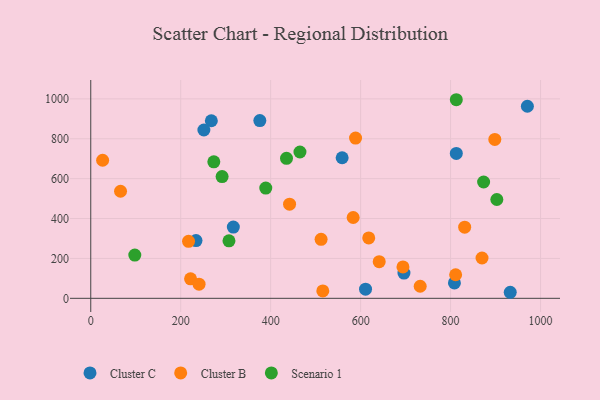
{"axis": {"x": "Investment", "y": "Yield"}, "legend": ["Cluster B", "Cluster C", "Scenario 1"], "data": [{"x": "317.0", "y": 357.1, "type": "Cluster C"}, {"x": "932.6", "y": 30.3, "type": "Cluster C"}, {"x": "610.9", "y": 45.6, "type": "Cluster C"}, {"x": "268.1", "y": 890.2, "type": "Cluster C"}, {"x": "808.5", "y": 77.3, "type": "Cluster C"}, {"x": "251.5", "y": 844.0, "type": "Cluster C"}, {"x": "696.3", "y": 126.4, "type": "Cluster C"}, {"x": "970.7", "y": 962.9, "type": "Cluster C"}, {"x": "558.9", "y": 704.8, "type": "Cluster C"}, {"x": "375.9", "y": 891.4, "type": "Cluster C"}, {"x": "812.7", "y": 726.4, "type": "Cluster C"}, {"x": "234.0", "y": 289.6, "type": "Cluster C"}, {"x": "898.3", "y": 796.8, "type": "Cluster B"}, {"x": "831.3", "y": 356.7, "type": "Cluster B"}, {"x": "512.1", "y": 295.8, "type": "Cluster B"}, {"x": "221.9", "y": 97.7, "type": "Cluster B"}, {"x": "515.9", "y": 37.0, "type": "Cluster B"}, {"x": "217.4", "y": 285.8, "type": "Cluster B"}, {"x": "641.3", "y": 183.9, "type": "Cluster B"}, {"x": "442.0", "y": 472.2, "type": "Cluster B"}, {"x": "588.7", "y": 803.6, "type": "Cluster B"}, {"x": "618.0", "y": 302.6, "type": "Cluster B"}, {"x": "732.4", "y": 60.5, "type": "Cluster B"}, {"x": "811.2", "y": 118.2, "type": "Cluster B"}, {"x": "869.9", "y": 202.1, "type": "Cluster B"}, {"x": "66.2", "y": 536.8, "type": "Cluster B"}, {"x": "583.4", "y": 405.3, "type": "Cluster B"}, {"x": "240.8", "y": 70.9, "type": "Cluster B"}, {"x": "26.4", "y": 692.2, "type": "Cluster B"}, {"x": "694.1", "y": 157.3, "type": "Cluster B"}, {"x": "435.2", "y": 702.0, "type": "Scenario 1"}, {"x": "292.0", "y": 610.4, "type": "Scenario 1"}, {"x": "465.1", "y": 733.5, "type": "Scenario 1"}, {"x": "307.3", "y": 288.5, "type": "Scenario 1"}, {"x": "812.7", "y": 995.7, "type": "Scenario 1"}, {"x": "873.4", "y": 583.3, "type": "Scenario 1"}, {"x": "273.6", "y": 684.2, "type": "Scenario 1"}, {"x": "97.9", "y": 216.7, "type": "Scenario 1"}, {"x": "902.8", "y": 495.5, "type": "Scenario 1"}, {"x": "389.1", "y": 552.5, "type": "Scenario 1"}]}